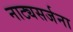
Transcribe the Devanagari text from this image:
नाट्यसर्जना